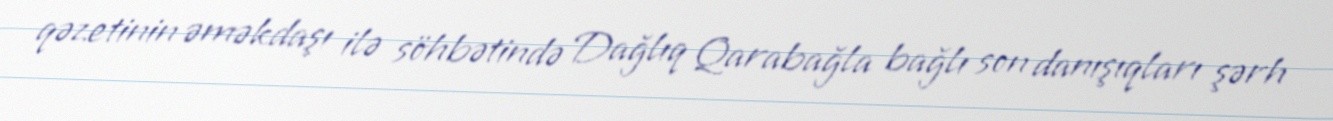
qəzetinin əməkdaşı ilə söhbətində Dağlıq Qarabağla bağlı son danışıqları şərh